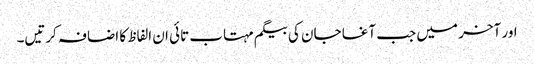
اور آخر میں جب آغا جان کی بیگم مہتاب تائی ان الفاظ کا اضافہ کرتیں۔